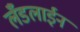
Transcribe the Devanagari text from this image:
लँडलाईन